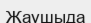
Жаушыда